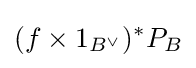
(f\times 1_{B^{\vee }})^{*}P_{B}